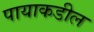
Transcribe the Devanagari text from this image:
पायाकडील